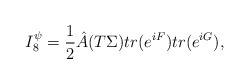
\begin{align*}I_8^{\psi}={{1}\over{2}}{\hat A}(T\Sigma)tr(e^{iF})tr(e^{iG}),\end{align*}